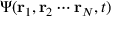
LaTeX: \Psi ( \mathbf { r } _ { 1 } , \mathbf { r } _ { 2 } \cdots \mathbf { r } _ { N } , t )